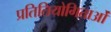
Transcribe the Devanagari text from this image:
प्रतितियोगिताओं